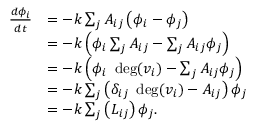
{ \begin{array} { r l } { { \frac { d \phi _ { i } } { d t } } } & { = - k \sum _ { j } A _ { i j } \left( \phi _ { i } - \phi _ { j } \right) } \\ & { = - k \left( \phi _ { i } \sum _ { j } A _ { i j } - \sum _ { j } A _ { i j } \phi _ { j } \right) } \\ & { = - k \left( \phi _ { i } \ \deg ( v _ { i } ) - \sum _ { j } A _ { i j } \phi _ { j } \right) } \\ & { = - k \sum _ { j } \left( \delta _ { i j } \ \deg ( v _ { i } ) - A _ { i j } \right) \phi _ { j } } \\ & { = - k \sum _ { j } \left( L _ { i j } \right) \phi _ { j } . } \end{array} }